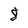
Character: 8